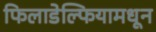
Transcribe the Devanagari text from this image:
फिलाडेल्फियामधून